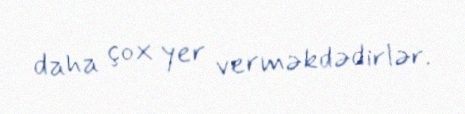
daha çox yer verməkdədirlər.